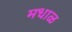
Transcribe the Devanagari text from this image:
मधाळ